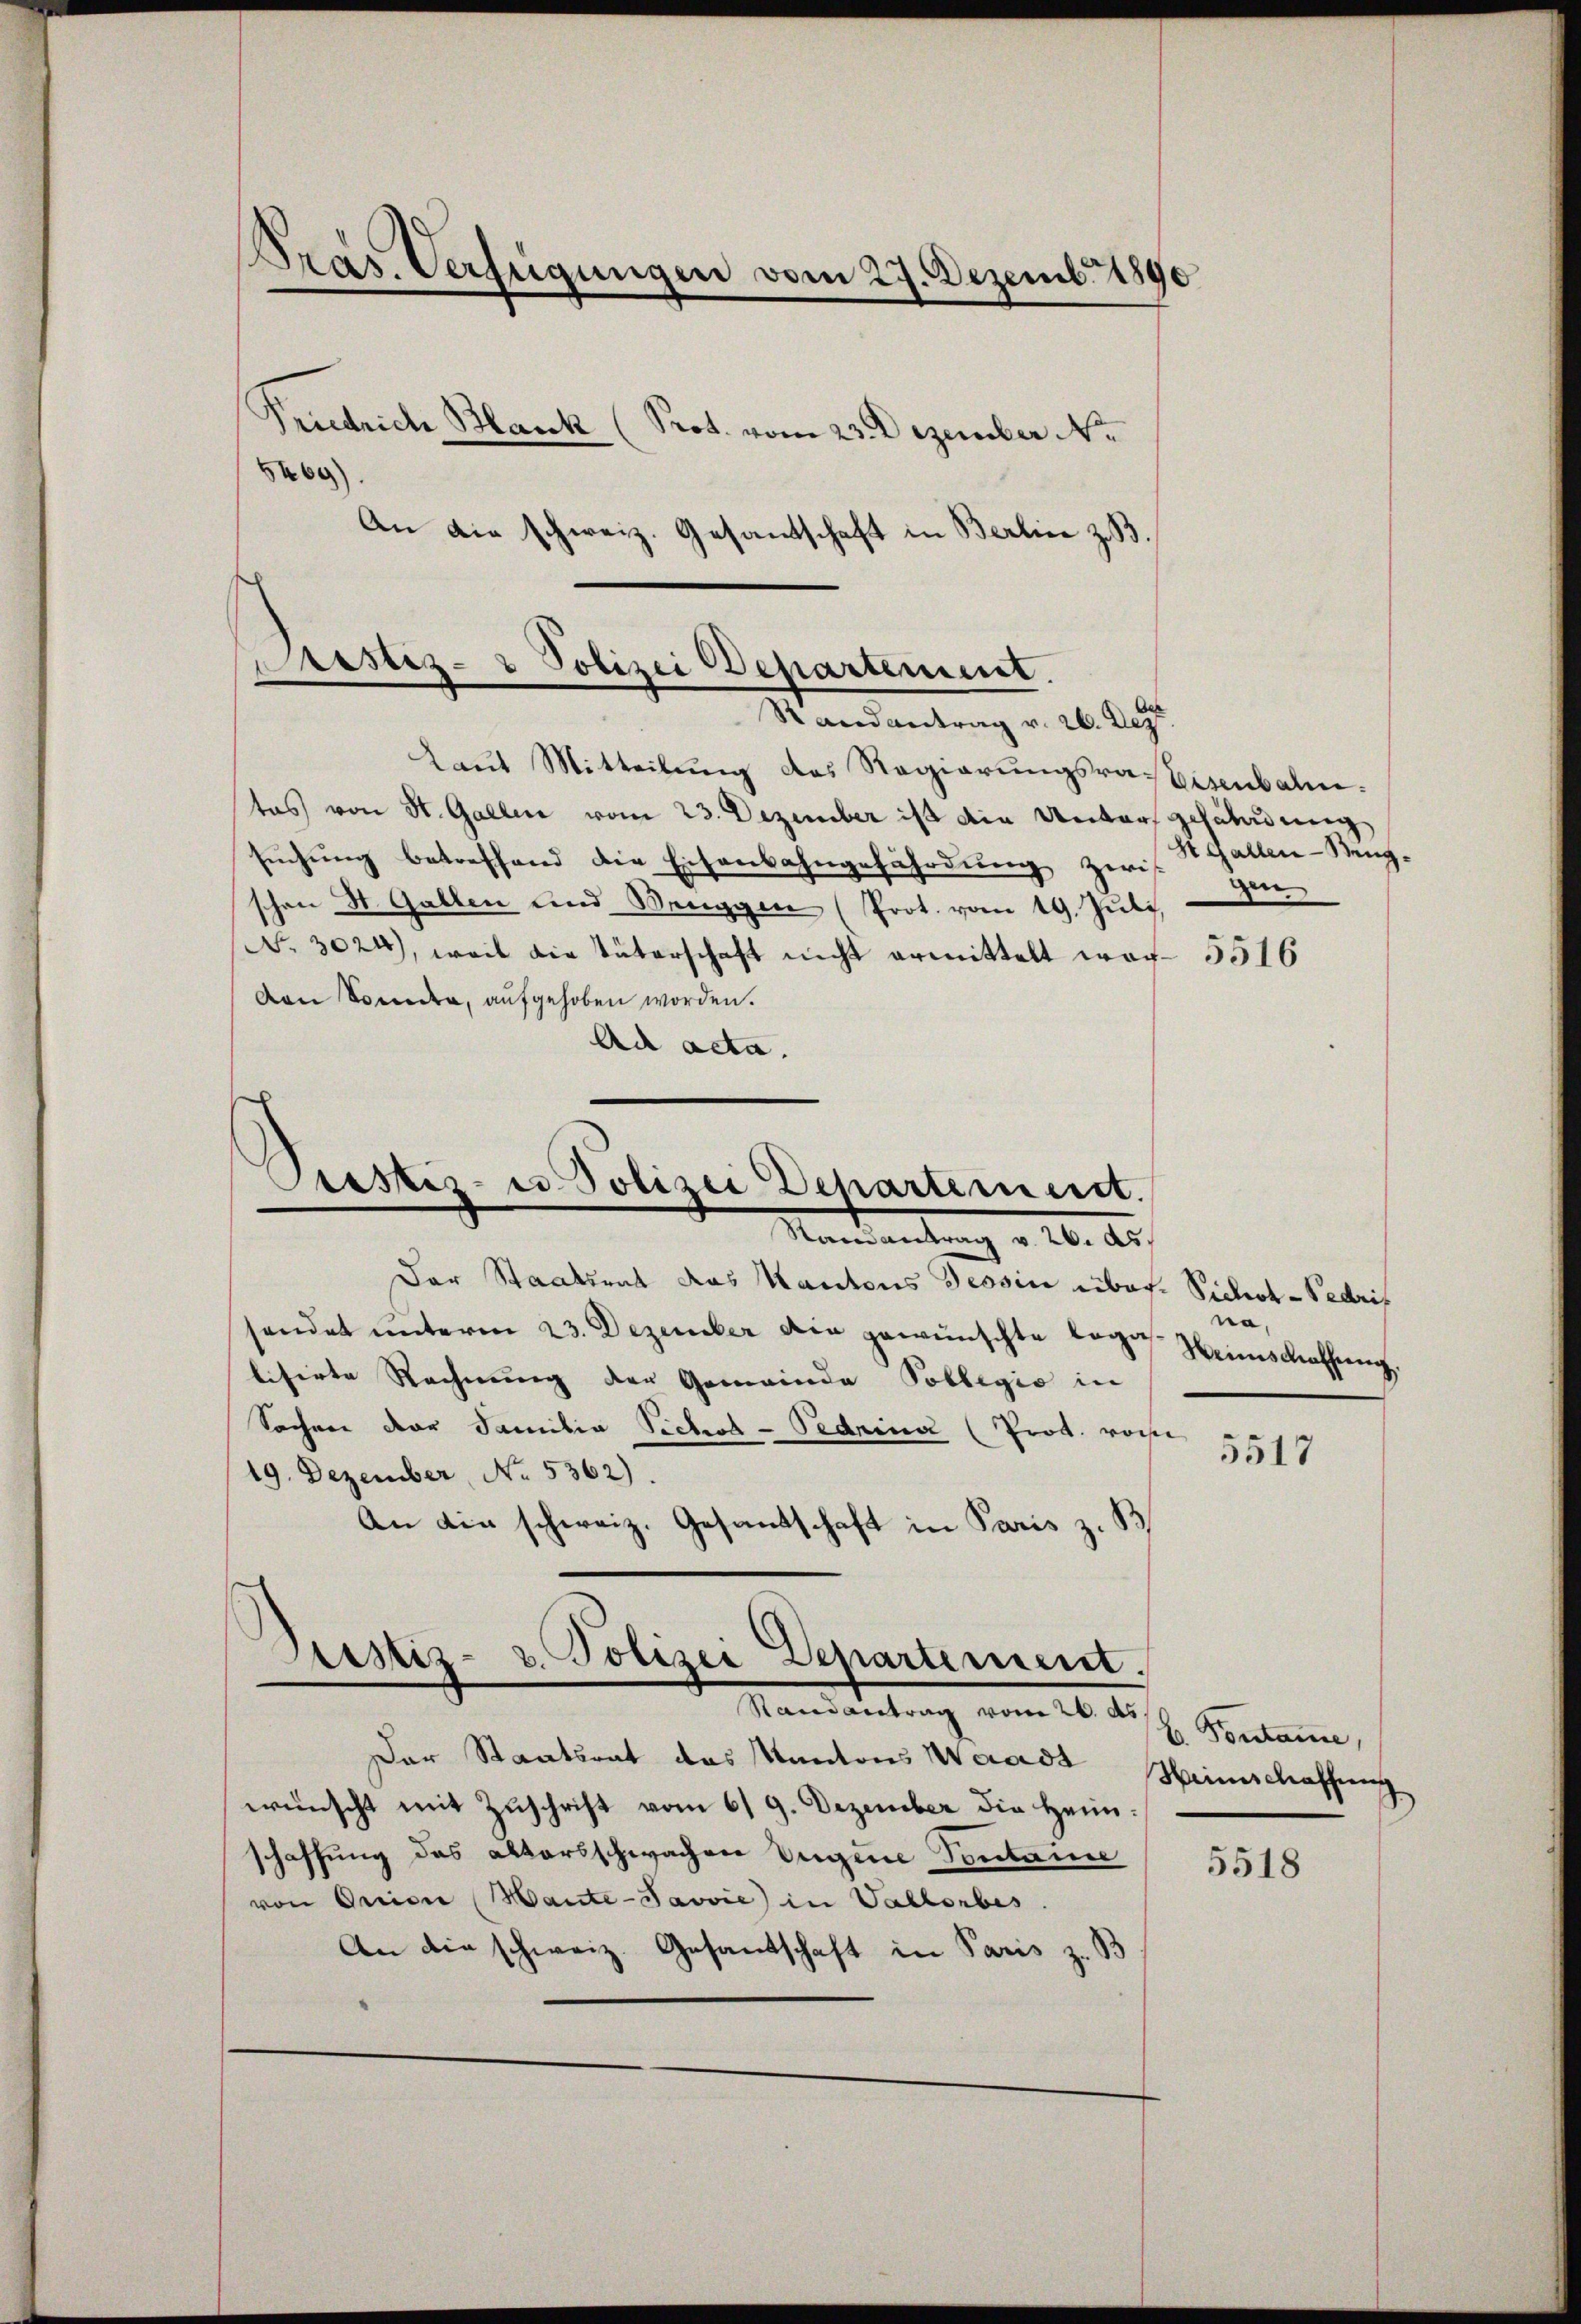
Kras. Verfügungen vom 27. Dezember 1890
Friedrich Blank (Prot. vom 23. Dezember Nr.
5469).
An die schweiz. Gesandtschaft in Berline z. B.

Pristis- & Polizei Departement.
.
Randantrag v. 26. Dez.

Laut Mitteilung des Regierungsraspesenbahn.
tas von St. Gallen vom 23. Dezember ist die Unters gesaladung
suchung betreffend die Eisenbahngefährdung zicht zur
schen St. Gallen und Menggen (Prot. vom 19. Jŭli
No 3024), weil die Vaterschaft nicht ermittelt worvon Bondra, aŭfgehoben worden.
Ad acta.

Caestiz- u Polizei Departement.
Mandantung d. 20. d.

Der Staatsrat das Kantons Tessin über. Sichert-Pedrif
sendet unterm 23. Dezember die gewünschte Legaslisirte Rechnung der Gemeinde Pollegio in
Sachen der Familia Siches - Pednina (Prot. von
19. Dezember No. 5362).
An die schweiz. Gesandschaft in Paris z. B

Justiz- u. Polizei Departement.
Randantrag vom 20. ds.

Der Staatsrat das Kantons Waadt
wünscht mit Zuschrift vom 619. Dezember die Heimschaffung des altersschwachen Vigine Tontanie
.
von Orien (Hante-Javvie) in Vallorbes.
An die schweiz. Gesandschaft in Paris z. B

St. Gallen-Bing¬

5516

na,
Weinschaffung

5517

E. Vorstame
Heimschaffung
¬

5518